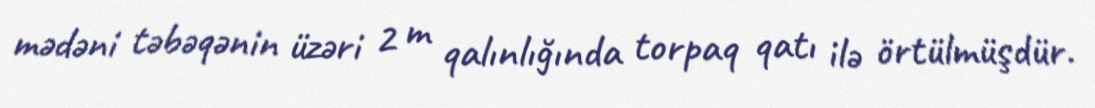
mədəni təbəqənin üzəri 2 m qalınlığında torpaq qatı ilə örtülmüşdür.